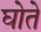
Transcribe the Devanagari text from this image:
घोते